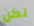
لكن